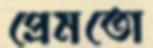
প্রেমতো